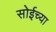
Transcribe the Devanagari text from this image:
सोईच्या